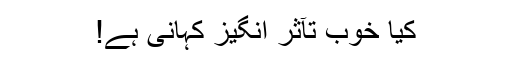
کیا خوب تآثر انگیز کہانی ہے!